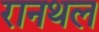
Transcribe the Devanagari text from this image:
रानथल